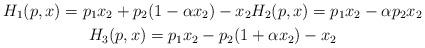
LaTeX: \begin{gather*} H_1(p,x)=p_1 x_2 +p_2 (1-\alpha x_2) -x_2 H_2(p,x)=p_1 x_2 -\alpha p_2 x_2 \\ H_3(p,x)=p_1 x_2 -p_2 (1+\alpha x_2) -x_2 \end{gather*}